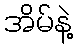
အိမ်နဲ့